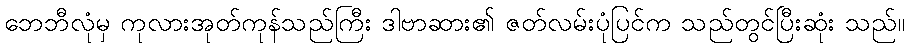
ဘေဘီလုံမှ ကုလားအုတ်ကုန်သည်ကြီး ဒါဗာဆား၏ ဇတ်လမ်းပုံပြင်က သည်တွင်ပြီးဆုံး သည်။